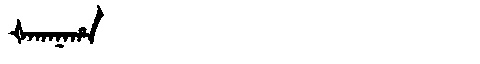
Manchu: ᡧᠠᡴᠠᠨᠠᡥᠠ
Romanization: ŠAKANAHA